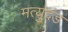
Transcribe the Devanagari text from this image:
मत्युदंड